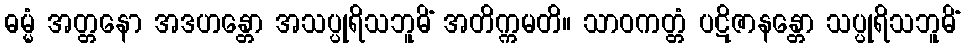
ဓမ္မံ အတ္တနော အဒဟန္တော အသပ္ပုရိသဘူမိံ အတိက္ကမတိ။ သာဝကတ္တံ ပဋိဇာနန္တော သပ္ပုရိသဘူမိံ